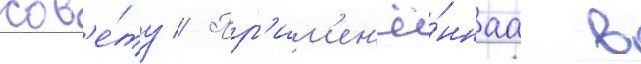
сов'е́ту // Пр'им'ен'ё́ннаа в